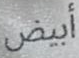
أبيض